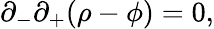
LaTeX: \partial_{-}\partial_{+}(\rho-\phi)=0,